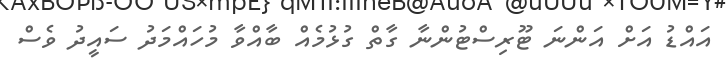
އައްޑު އަށް އަންނަ ޓޫރިސްޓުންނާ ގާތް ގުޅުމެއް ބާއްވާ މުހައްމަދު ސައީދު ވެސް